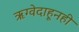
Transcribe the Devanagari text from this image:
ऋग्वेदाहूनही